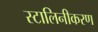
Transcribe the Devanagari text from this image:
स्टालिनीकरण